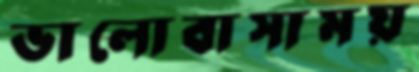
ভালোবাসাময়